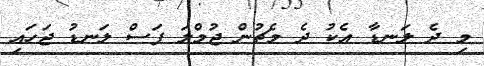
މި ދެ ލަނޑާ އެކު ދެ މެޗުން ޖުމްލަ ފަސް ލަނޑު ޖަހައި